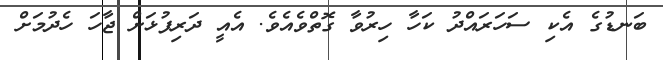
ބަނޑުގެ އެކި ސަހަރައްދު ކަހާ ހިރުވާ ގޮތްވެއެވެ. އެއީ ދަރިފުޅަށް ޖާހަ ހެދުމަށް